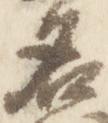
名